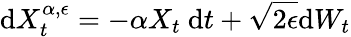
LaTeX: \mathrm{d}X_{t}^{\alpha,\epsilon}=-\alpha X_{t}\mathrm{~d}t+\sqrt{2\epsilon}\mathrm{d}W_{t}